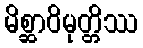
မိစ္ဆာဝိမုတ္တိဿ